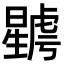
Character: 𣋮